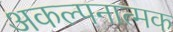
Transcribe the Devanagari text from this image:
अकल्पनात्मक